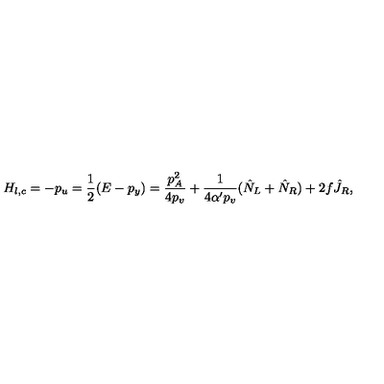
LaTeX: H _ { l , c } = - p _ { u } = \frac { 1 } { 2 } ( E - p _ { y } ) = \frac { p _ { A } ^ { 2 } } { 4 p _ { v } } + \frac { 1 } { 4 \alpha ^ { \prime } p _ { v } } ( \hat { N } _ { L } + \hat { N } _ { R } ) + 2 f \hat { J } _ { R } ,